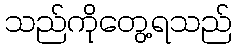
သည်ကိုတွေ့ရသည်